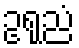
ဥရုညံ